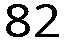
82